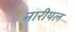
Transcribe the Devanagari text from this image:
नारीयल